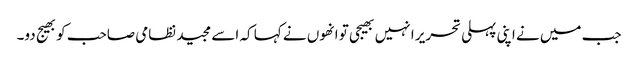
جب میں نے اپنی پہلی تحریر ا نہیں بھیجی تو انھوں نے کہا کہ اسے مجید نظامی صاحب کو بھیج دو۔